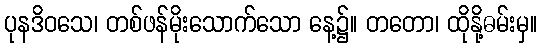
ပုနဒိဝသေ၊ တစ်ဖန်မိုးသောက်သော နေ့၌။ တတော၊ ထိုနို့ဓမ်းမှ။